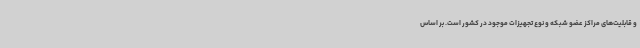
و قابلیت‌های مراکز عضو شبکه و نوع تجهیزات موجود در کشور است. بر اساس